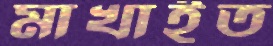
মাখাইত